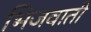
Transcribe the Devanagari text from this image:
भिजवाती